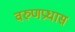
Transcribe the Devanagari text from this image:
वरुणप्रधास